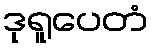
ဒုရူပေတံ